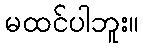
မထင်ပါဘူး။